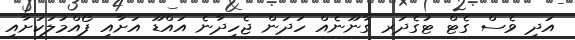
އަދި ވެސް ގެޓް ޓުގެދަރ ގާނޫނެއް ހަދަން ޖެހިދާނެ އައްޑޫ އަށާއި ފޯއްމުލަކަށާއި